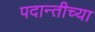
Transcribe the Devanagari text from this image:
पदान्तीच्या